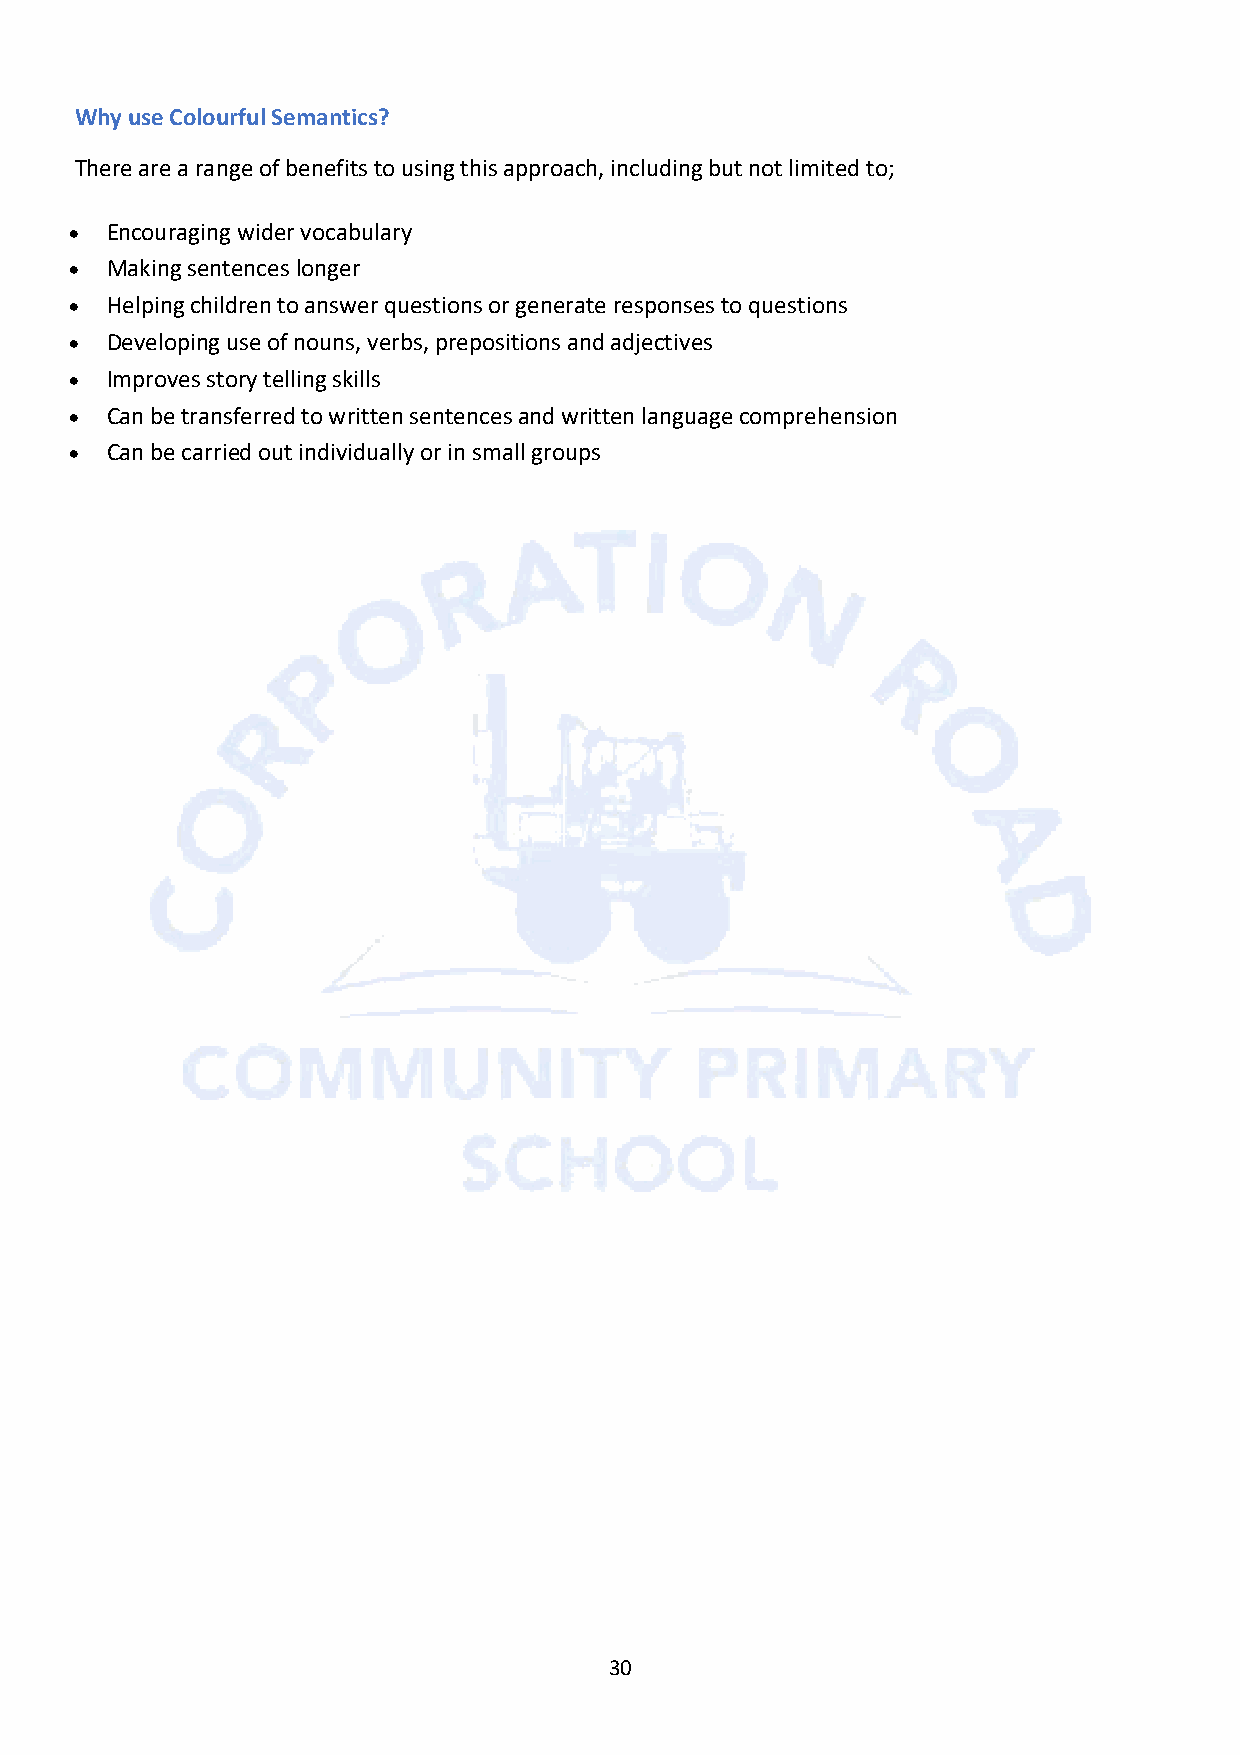
Why use Colourful Semantics?
 There are a range of benefits to using this approach, including but not limited to;
 • Encouraging wider vocabulary
 • Making sentences longer
 • Helping children to answer questions or generate responses to questions
 • Developing use of nouns, verbs, prepositions and adjectives
 • Improves story telling skills
 • Can be transferred to written sentences and written language comprehension
 • Can be carried out individually or in small groups
 30